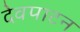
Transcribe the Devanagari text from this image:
देवपाटन